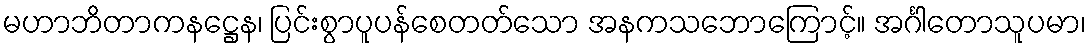
မဟာဘိတာကနဋ္ဌေန၊ ပြင်းစွာပူပန်စေတတ်သော အနကသဘောကြောင့်။ အင်္ဂါတောသူပမာ၊